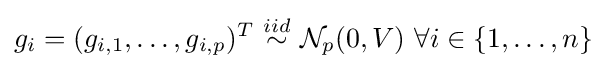
g_{i}=(g_{i,1},\dots ,g_{i,p})^{T}\ {\overset {iid}{\sim }}\ {\mathcal {N}}_{p}(0,V)\ \forall i\in \{1,\dots ,n\}